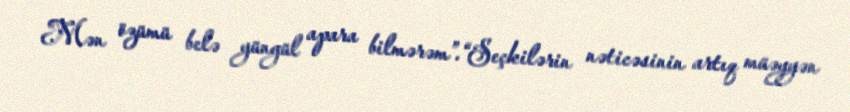
Mən özümü belə yüngül apara bilmərəm”.“Seçkilərin nəticəsinin artıq müəyyən